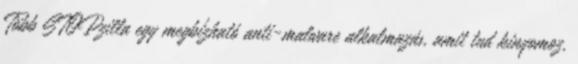
Több STOPzilla egy megbízható anti-malware alkalmazás, amit tud kinyomoz,